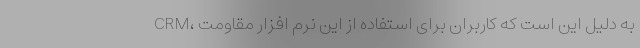
CRM، به دلیل این است که کاربران برای استفاده از این نرم افزار مقاومت